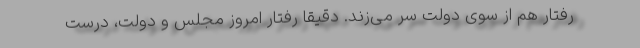
رفتار هم از سوی دولت سر می‌زند. دقیقا رفتار امروز مجلس و دولت، درست